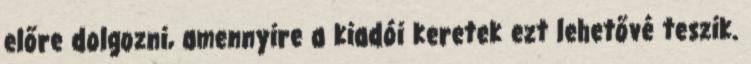
előre dolgozni, amennyire a kiadói keretek ezt lehetővé teszik.